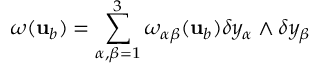
\omega ( { \mathbf { u } } _ { b } ) = \sum _ { \alpha , \beta = 1 } ^ { 3 } \omega _ { \alpha \beta } ( { \mathbf { u } } _ { b } ) \delta y _ { \alpha } \wedge \delta y _ { \beta }